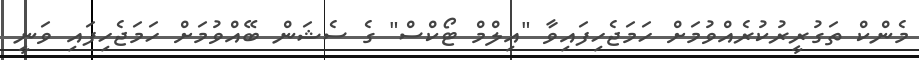
މެންކް ތަގުރީރުކުރެއްވުމަށް ހަމަޖެހިފައިވާ "އިލްމް ޓޯކްސް" ގެ ސެޝަން ބޭއްވުމަށް ހަމަޖެހިފައި ވަނީ